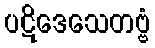
ပဋိဒေသေတဗ္ဗံ